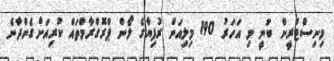
މިނިސްޓްރީން ބުނީ މި އަހަރު 190 މިލިއަން ރުފިޔާގެ ލޯން ޕްރޮގްރާމްތައް ކުރިއަށްގެންދާނެ